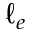
\ell _ { e }